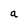
Character: a